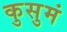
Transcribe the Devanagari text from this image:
कुसुमं